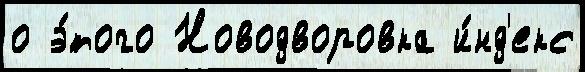
о э́того Новодворовка и́нд'екс